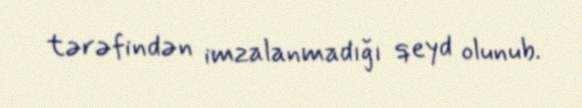
tərəfindən imzalanmadığı qeyd olunub.